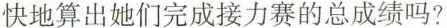
快地算出她们完成接力赛的总成绩吗?